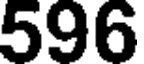
596